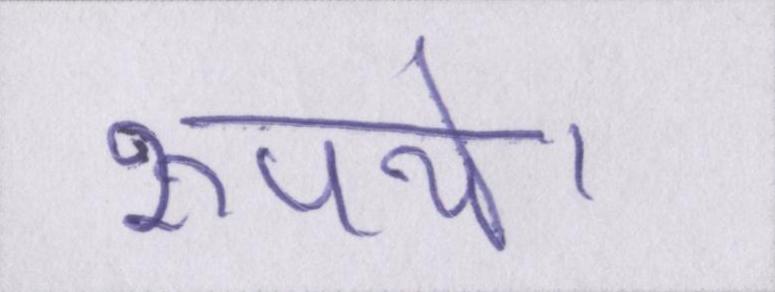
रूपये।